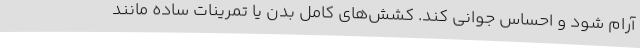
آرام شود و احساس جوانی کند. کشش‌های کامل بدن یا تمرینات ساده مانند